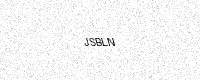
Text: JSBLN